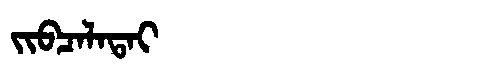
Manchu: ᠵᡳᠪᠴᠠᠯᠠᡨᠠᡳ
Romanization: JIBCALATAI